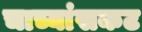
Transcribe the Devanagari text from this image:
चाच्यांसकट